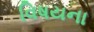
વિષયના